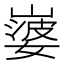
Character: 𡼃